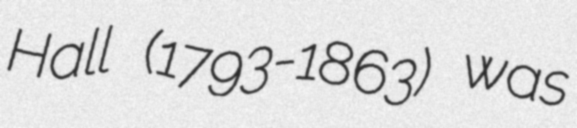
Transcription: Hall (1793-1863) was